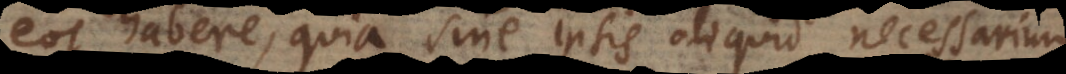
eos habere, quia sine ipsis aliquid necessarium